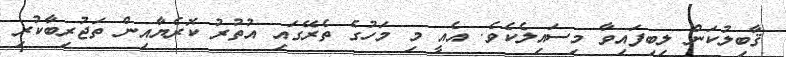
ޤާބިލުކަން ލިބިފައިވާ މިސައިލެކެވެ. އެއީ މި މަހުގެ ތެރޭގައި އުތުރު ކޮރެޔާއިން ތަޖުރިބާކުރި